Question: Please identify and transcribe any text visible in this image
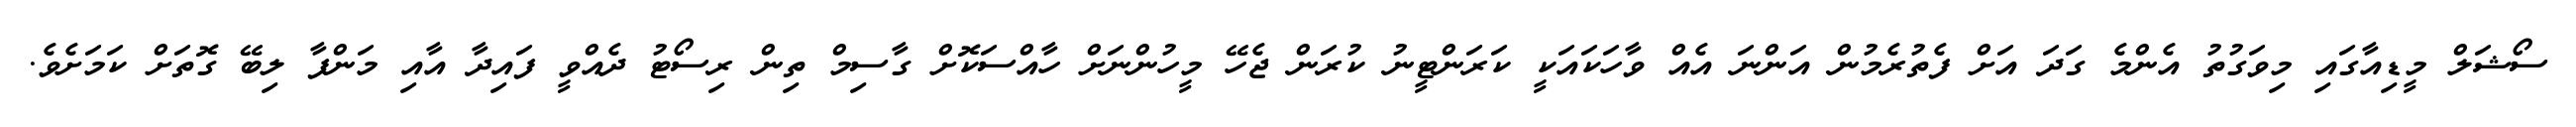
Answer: ސޯޝަލް މީޑިއާގައި މިވަގުތު އެންމެ ގަދަ އަށް ފެތުރެމުން އަންނަ އެއް ވާހަކައަކީ ކަރަންޓީނު ކުރަން ޖެހޭ މީހުންނަށް ހާއްސަކޮށް ގާސިމް ތިން ރިސޯޓު ދެއްވީ ފައިދާ އާއި މަންފާ ލިބޭ ގޮތަށް ކަމަށެވެ.